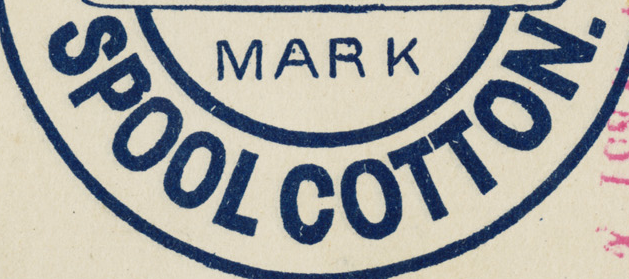
SPOOL COTTON